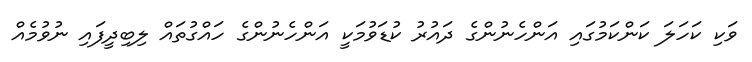
ވަކި ކަހަލަ ކަންކަމުގައި އަންހެނުންގެ ދައުރު ކުޑަވުމަކީ އަންހެނުންގެ ހައްގުތައް ލިބިދީފައި ނުވުމެއް